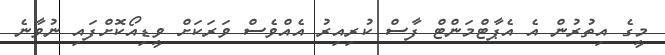
މީގެ އިތުރުން އެ އެޕާޓްމަންޓް ފާސް ކުރިއިރު އެއްވެސް ވަރަކަށް ވީޑިއޯކޮށްފައި ނުވާނެ